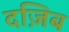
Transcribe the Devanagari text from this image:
दज़िब